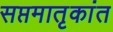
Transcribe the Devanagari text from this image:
सप्तमातृकांत